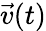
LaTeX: {\vec{v}}(t)